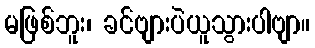
မဖြစ်ဘူး၊ ခင်ဗျားပဲယူသွားပါဗျာ။